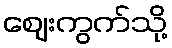
ဈေးကွက်သို့